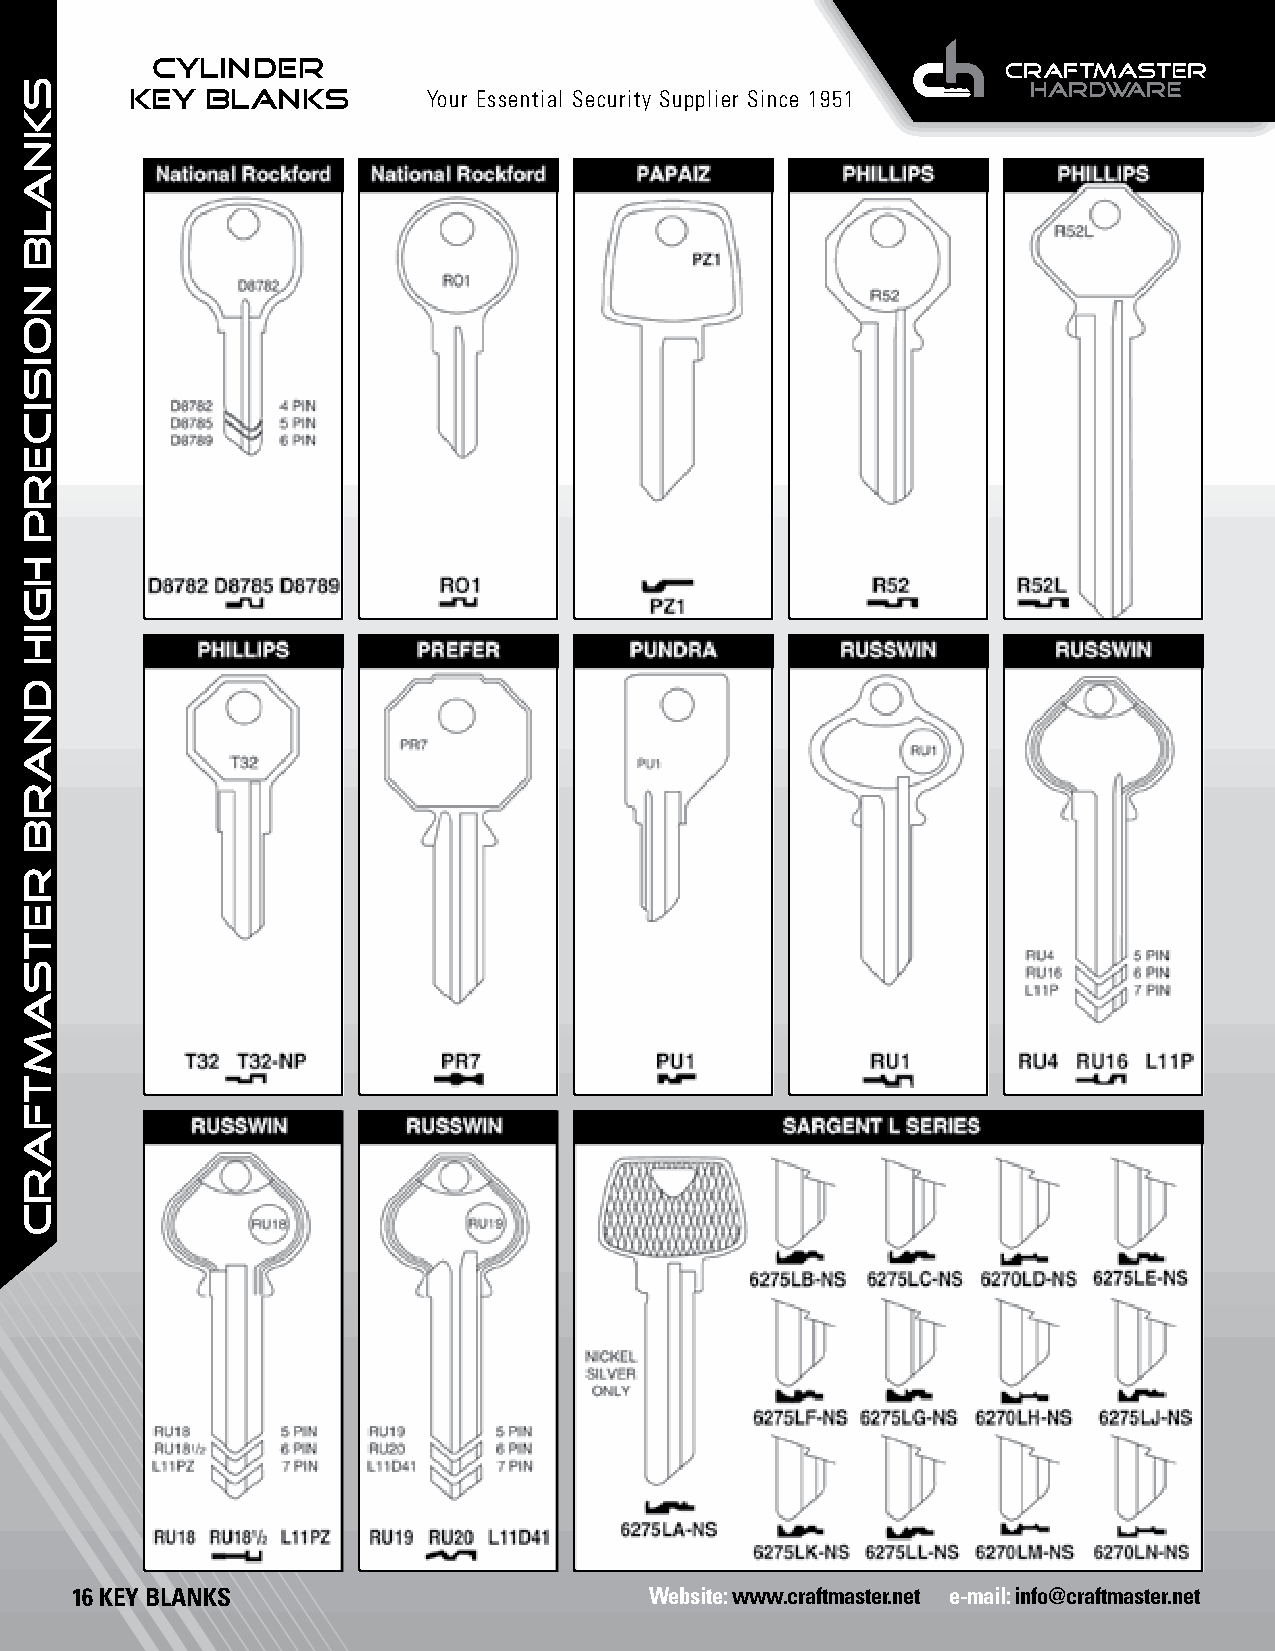
CYLINDER
 KEY  BLANKS        Your Essential Security Supplier Since 1951
 16 KEY BLANKS                         Website: www.craftmaster.net e-mail: info@craftmaster.net
 SKNALB
 NOISICERP
 HGIH
 dnarb
 retsamtfarc